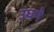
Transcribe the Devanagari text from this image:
उंघने